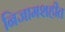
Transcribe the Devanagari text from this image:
निजामशहीत